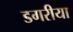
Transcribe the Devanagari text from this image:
डगरीया